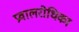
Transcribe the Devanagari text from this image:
प्रवालरोधिका